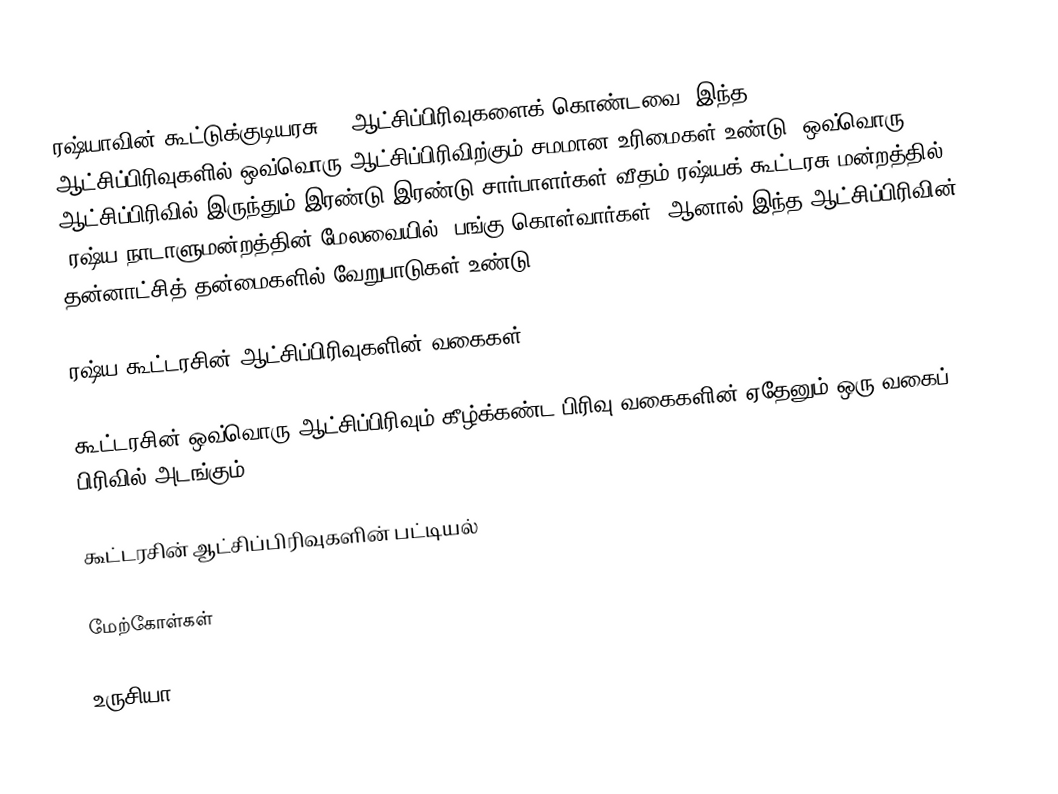
ரஷ்யாவின் கூட்டுக்குடியரசு 83 ஆட்சிப்பிரிவுகளைக் கொண்டவை. இந்த 83 ஆட்சிப்பிரிவுகளில் ஒவ்வொரு ஆட்சிப்பிரிவிற்கும் சமமான உரிமைகள் உண்டு. ஒவ்வொரு ஆட்சிப்பிரிவில் இருந்தும் இரண்டு இரண்டு சார்பாளர்கள் வீதம் ரஷ்யக் கூட்டரசு மன்றத்தில் (ரஷ்ய நாடாளுமன்றத்தின் மேலவையில்) பங்கு கொள்வார்கள். ஆனால் இந்த ஆட்சிப்பிரிவின் தன்னாட்சித் தன்மைகளில் வேறுபாடுகள் உண்டு.

ரஷ்ய கூட்டரசின் ஆட்சிப்பிரிவுகளின் வகைகள்

கூட்டரசின் ஒவ்வொரு ஆட்சிப்பிரிவும் கீழ்க்கண்ட பிரிவு வகைகளின் ஏதேனும் ஒரு வகைப் பிரிவில் அடங்கும்:

கூட்டரசின் ஆட்சிப்பிரிவுகளின் பட்டியல்

மேற்கோள்கள்

உருசியா